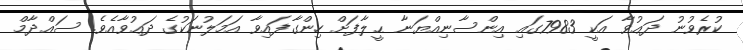
ކުރެވުނު ދަޢުވާ އަކީ 7983ގައި އިންސާނިއްޔަނާ ޙީލާފަށް ހިންގާފައިވާ އަމަލުނަކުގެ ދަޢުވާއެވެ. ސައްދާމް